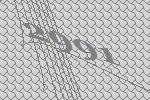
2991